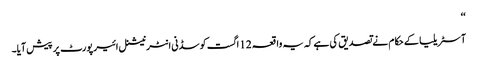
‘‘
آسٹریلیا کے حکام نے تصدیق کی ہے کہ یہ واقعہ 12 اگست کو سڈنی انٹرنیشنل ائیرپورٹ پر پیش آیا۔